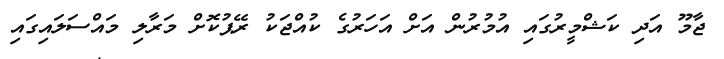
ޖާމޫ އަދި ކަޝްމީރުގައި އުމުރުން އަށް އަހަރުގެ ކުއްޖަކު ރޭޕުކޮށް މަރާލި މައްސަލައިގައި